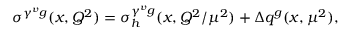
\sigma ^ { \gamma ^ { v } g } ( x , Q ^ { 2 } ) = \sigma _ { h } ^ { \gamma ^ { v } g } ( x , Q ^ { 2 } / \mu ^ { 2 } ) + \Delta q ^ { g } ( x , \mu ^ { 2 } ) ,